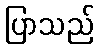
ပြာသည်